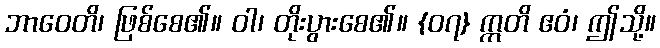
ဘာဝေတိ၊ ဖြစ်စေ၏။ ဝါ၊ တိုးပွားစေ၏။ {၀၇} ဣတိ ဧဝံ၊ ဤသို့။